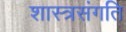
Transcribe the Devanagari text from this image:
शास्त्रसंगति